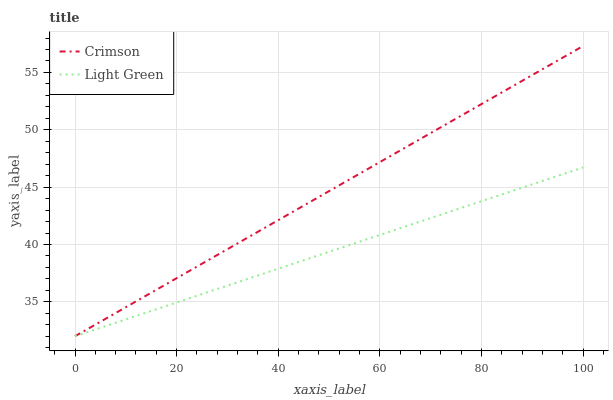
| xaxis_label | Crimson | Light Green |
 | --- | --- | --- |
 | 0 | 32 | 32 |
 | 5.88 | 33.5 | 32.9 |
 | 11.8 | 35 | 33.7 |
 | 17.6 | 36.5 | 34.6 |
 | 23.5 | 38 | 35.5 |
 | 29.4 | 39.4 | 36.3 |
 | 35.3 | 40.9 | 37.2 |
 | 41.2 | 42.4 | 38.1 |
 | 47.1 | 43.9 | 38.9 |
 | 52.9 | 45.4 | 39.8 |
 | 58.8 | 46.9 | 40.7 |
 | 64.7 | 48.4 | 41.5 |
 | 70.6 | 49.9 | 42.4 |
 | 76.5 | 51.4 | 43.3 |
 | 82.4 | 52.8 | 44.1 |
 | 88.2 | 54.3 | 45 |
 | 94.1 | 55.8 | 45.9 |
 | 100 | 57.3 | 46.7 |